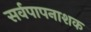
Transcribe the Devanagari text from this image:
सर्वपापनाशक